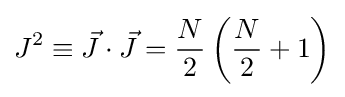
J^{2}\equiv {\vec {J}}\cdot {\vec {J}}={\frac {N}{2}}\left({\frac {N}{2}}+1\right)